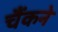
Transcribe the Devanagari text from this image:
चैंकने